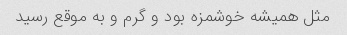
مثل همیشه خوشمزه بود و گرم و به موقع رسید